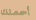
أحملك